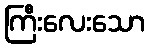
ကြီးလေးသော